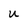
Character: U